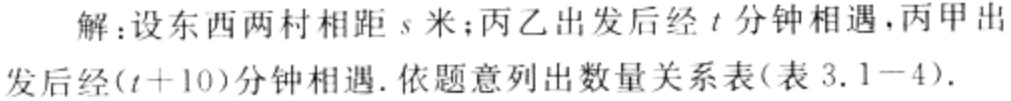
解：设东西两村相距\(s\)米；丙乙出发后经\(t\)分钟相遇，丙甲出发后经\((t + 10)\)分钟相遇. 依题意列出数量关系表(表 3.1-4).